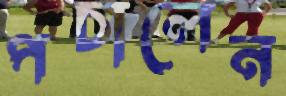
পচালেন